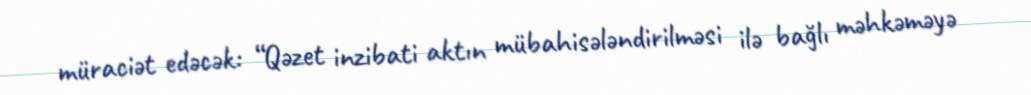
müraciət edəcək: “Qəzet inzibati aktın mübahisələndirilməsi ilə bağlı məhkəməyə